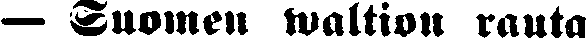
— Suomen waltion rauta